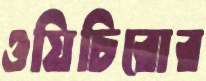
ওয়িচিরোর